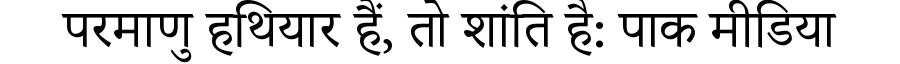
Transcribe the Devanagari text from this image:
परमाणु हथियार हैं, तो शांति है: पाक मीडिया